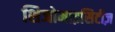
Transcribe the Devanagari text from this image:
शिजोमाइसिटीज़